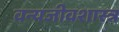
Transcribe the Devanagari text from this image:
वन्यजीवशास्त्र